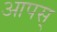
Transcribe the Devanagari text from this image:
आपस्‌